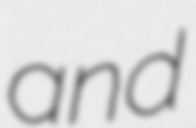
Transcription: and